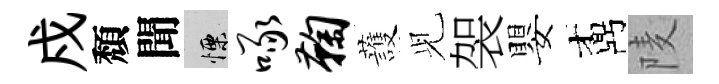
戍頽聞慄啄鞠䕶𫤗袈嬰鼒𨹧